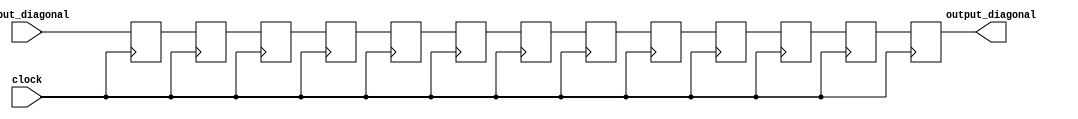
module diagonal_pipeline(clock,input_diagonal,output_diagonal);

input clock;
input [47:0] input_diagonal;
output [47:0] output_diagonal;

reg [47:0] buf1,buf2,buf3,buf4,buf5,buf6,buf7,buf8,buf9,buf10,buf11,buf12,output_diagonal;


always@(posedge clock)
begin
	buf1 <= input_diagonal;
	buf2 <= buf1;
	buf3 <= buf2;
	buf4 <= buf3;
	buf5 <= buf4;
	buf6 <= buf5;
	buf7 <= buf6;
	buf8 <= buf7;
	buf9 <= buf8;
	buf10 <= buf9;
	buf11 <= buf10;
	buf12 <= buf11;
	output_diagonal <= buf12;	
end

endmodule